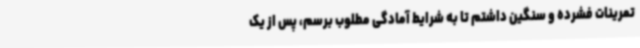
تمرینات فشرده و سنگین داشتم تا به شرایط آمادگی مطلوب برسم، پس از یک